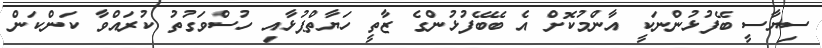
ސިޔާސީ ބޭފުޅުންނަކީ އާންމުކޮށް އެ ބޭބޭފުޅުންގެ ޒާތީ ހަޔާތްޕުޅާއި ހުސްވަގުތު ކުރައްވާ ކަންކަން